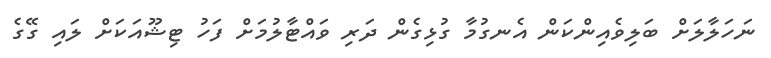
ނަހަލާލަށް ބަލިވެއިންކަން އެނގުމާ ގުޅިގެން ދަރި ވައްޓާލުމަށް ފަހު ޓިޝޫއަކަށް ލައި ގޭގެ